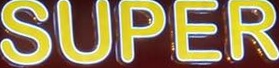
SUPER